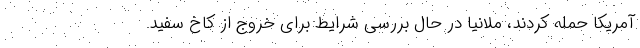
آمریکا حمله کردند، ملانیا در حال بررسی شرایط برای خروج از کاخ سفید